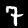
Digit: 7